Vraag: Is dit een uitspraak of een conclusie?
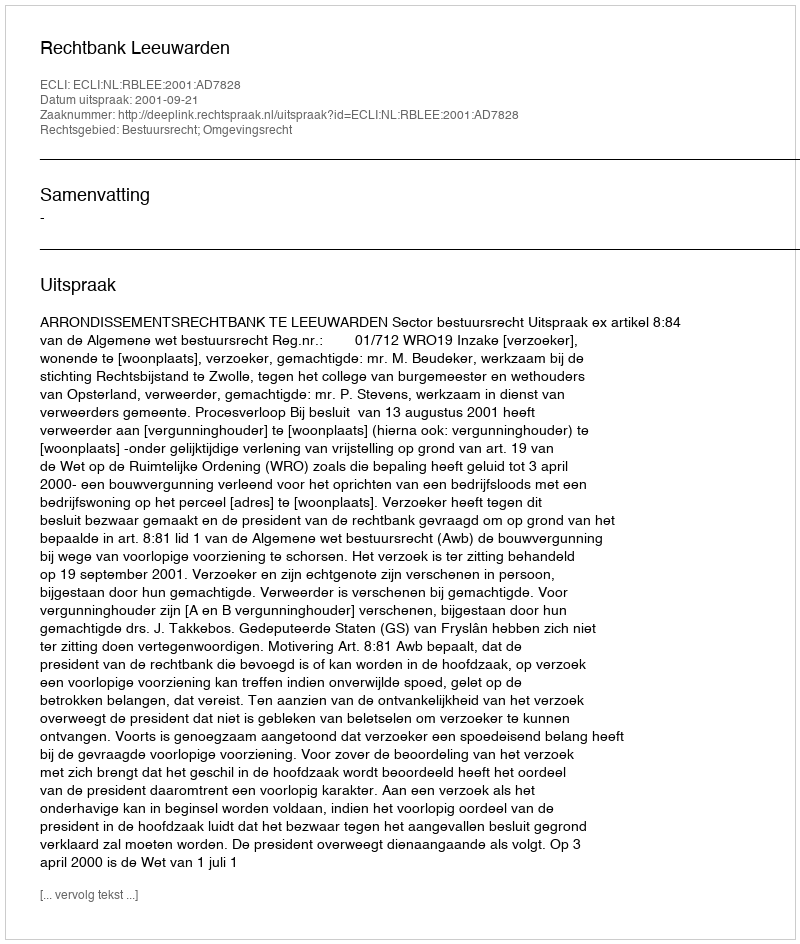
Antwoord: Uitspraak